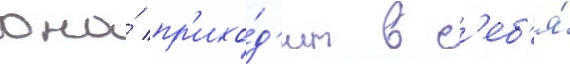
она́ пр'ихо́д'ит в с'еб'я́